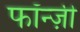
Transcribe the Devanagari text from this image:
फॉन्ज़ी